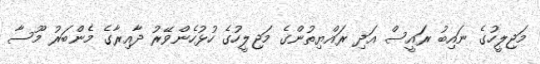
މަޖިލީހުގެ ނައިބު ރައީސް އަދި ރައްޔިތުންގެ މަޖިލީހުގެ ހުޅުހެންވޭރު ދާއިރާގެ މެންބަރު މޫސާ